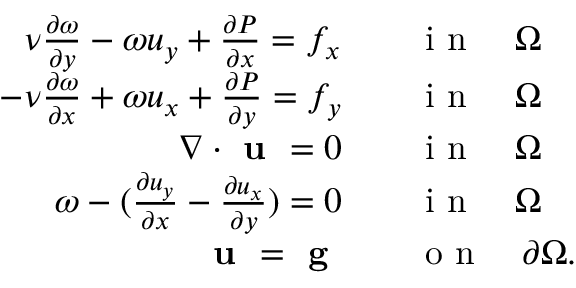
\begin{array} { r l } { \nu \frac { \partial \omega } { \partial y } - \omega u _ { y } + \frac { \partial P } { \partial x } = f _ { x } \quad } & { \textup { i n } \quad \Omega } \\ { - \nu \frac { \partial \omega } { \partial x } + \omega u _ { x } + \frac { \partial P } { \partial y } = f _ { y } \quad } & { \textup { i n } \quad \Omega } \\ { \nabla \cdot \textbf { u } = 0 \quad } & { \textup { i n } \quad \Omega } \\ { \omega - ( \frac { \partial u _ { y } } { \partial x } - \frac { \partial u _ { x } } { \partial y } ) = 0 \quad } & { \textup { i n } \quad \Omega } \\ { \textbf { u } = \textbf { g } \quad } & { \textup { o n } \quad \partial \Omega . } \end{array}